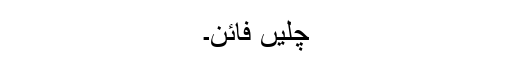
چلیں فائن۔